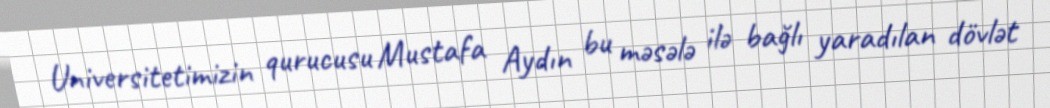
Universitetimizin qurucusu Mustafa Aydın bu məsələ ilə bağlı yaradılan dövlət